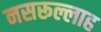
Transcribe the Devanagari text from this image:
नसरूल्लाह